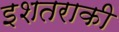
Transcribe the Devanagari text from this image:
इशतराकी